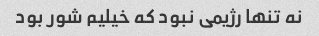
نه تنها رژیمی نبود که خیلیم شور بود